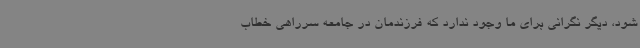
شود، دیگر نگرانی برای ما وجود ندارد که فرزندمان در جامعه سرراهی خطاب